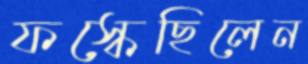
ফস্‌কেছিলেন